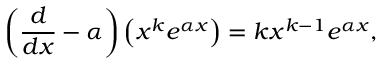
\left( { \frac { d } { d x } } - \alpha \right) \left( x ^ { k } e ^ { \alpha x } \right) = k x ^ { k - 1 } e ^ { \alpha x } ,